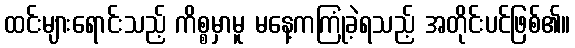
ထင်းများရောင်းသည့် ကိစ္စမှာမူ မနေ့ကကြုံခဲ့ရသည့် အတိုင်းပင်ဖြစ်၏။